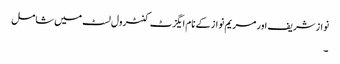
نواز شریف اور مریم نواز کے نام ایگزٹ کنٹرول لسٹ میں شامل
۔